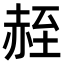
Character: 𫎮